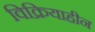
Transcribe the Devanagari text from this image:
विक्रियाहीन